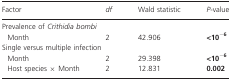
| Factor | df | Wald statistic | P-value |
 | --- | --- | --- | --- |
 | <COLSPAN=4> Prevalence of Crithidia bombi |
 | Month | 2 | 42.906 | <10−6 |
 | <COLSPAN=4> Single versus multiple infection |
 | Month | 2 | 29.398 | <10−6 |
 | Host species × Month | 2 | 12.831 | 0.002 |